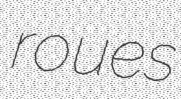
roues